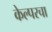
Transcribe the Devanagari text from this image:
केल्परचा